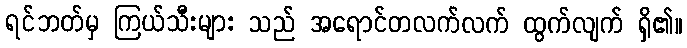
ရင်ဘတ်မှ ကြယ်သီးများ သည် အရောင်တလက်လက် ထွက်လျက် ရှိ၏။